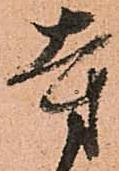
寺